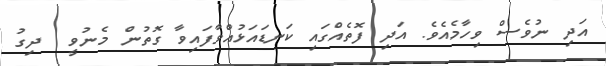
އަދި ނުވެސް ވިހާމެއެވެ. އަދި ފޮތެއްގައި ކަނޑައަޅުއްވާފައިވާ ގޮތުން މެނުވީ  ދިގު